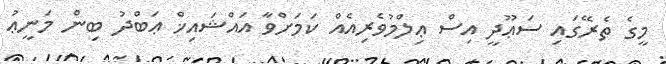
މީގެ ތެރޭގައި ސަޢޫދީ އިސް ޢިލްމުވެރިއެއް ކަމަށްވާ އައްޝައިޚް ޢަބްދު ބިން މަނީޢު